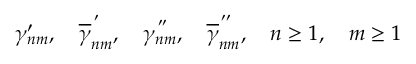
\gamma _ { n m } ^ { \prime } , \quad \overline { { { \gamma } } } _ { n m } ^ { \, ^ { \prime } } , \quad { \gamma } _ { n m } ^ { \, ^ { \prime \prime } } , \quad \overline { { { \gamma } } } _ { n m } ^ { \, ^ { \prime \prime } } , \quad n \geq 1 , \quad m \geq 1